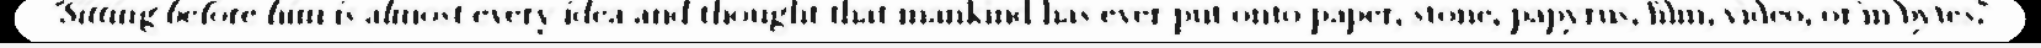
"Sitting before him is almost every idea and thought that mankind has ever put onto paper, stone, papyrus, film, video, or in bytes."